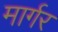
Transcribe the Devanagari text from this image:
मार्गर